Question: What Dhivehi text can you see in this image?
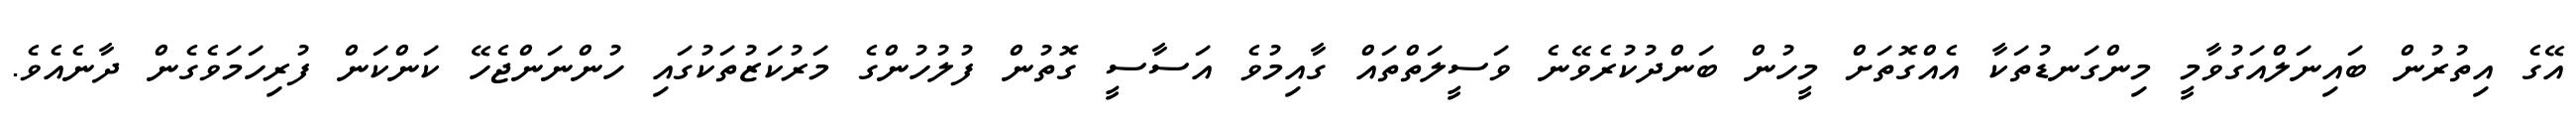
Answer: އޭގެ އިތުރުން ބައިނަލްއަގުވާމީ މިންގަނޑުތަކާ އެއްގޮތަށް މީހުން ބަންދުކުރެވޭނެ ވަސީލަތްތައް ގާއިމުވެ އަސާސީ ގޮތުން ފުލުހުންގެ މަރުކަޒުތަކުގައި ހުންނަންޖެހޭ ކަންކަން ފުރިހަމަވެގެން ދާނެއެވެ.